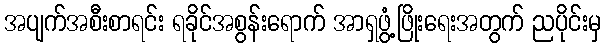
အပျက်အစီးစာရင်း ရခိုင်အစွန်းရောက် အာရှဖွံ့ဖြိုးရေးအတွက် ညပိုင်းမှ